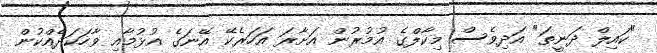
"ކައިލް ދަނީތަ" އަދިވެސް މިކާލްގެ އުމުރުން އަށާރަ އަހަރެކޭ އޭނަގެ އުޅުމާއި ވާހަކަދެއްކުން